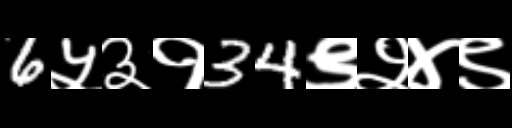
Text: 6५३१34९२४९